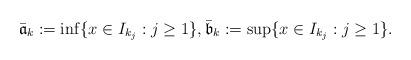
LaTeX: \begin{align*}\bar{\mathfrak{a}}_k:= \inf\{x\in I_{k_j}: j\geq 1\},\bar{\mathfrak{b}}_k:=\sup\{x\in I_{k_j}: j\geq 1\}.\end{align*}